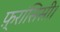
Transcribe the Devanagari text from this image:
फ़्रांसिसी।